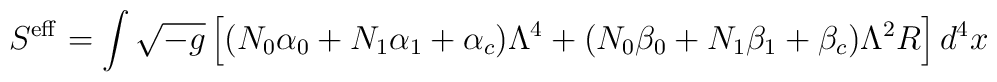
S^{\rm eff} = \int\sqrt{-g}\left[(N_0\alpha_0+N_1\alpha_1+\alpha_c)\Lambda^4+(N_0\beta_0+N_1\beta_1+\beta_c)\Lambda^2R\right]d^4x